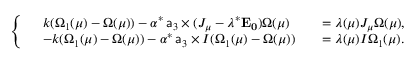
\left\{ \begin{array} { r l r l } & { k ( \Omega _ { 1 } ( \mu ) - \Omega ( \mu ) ) - \alpha ^ { * } \, \mathsf { a } _ { 3 } \times ( J _ { \mu } - \lambda ^ { * } \mathbf { E _ { 0 } } ) \Omega ( \mu ) } & & { = \lambda ( \mu ) J _ { \mu } \Omega ( \mu ) , } \\ & { - k ( \Omega _ { 1 } ( \mu ) - \Omega ( \mu ) ) - \alpha ^ { * } \, \mathsf { a } _ { 3 } \times I ( \Omega _ { 1 } ( \mu ) - \Omega ( \mu ) ) } & & { = \lambda ( \mu ) I \Omega _ { 1 } ( \mu ) . } \end{array} \right.